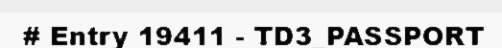
# Entry 19411 - TD3_PASSPORT